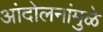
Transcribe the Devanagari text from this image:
आंदोलनांमुळे